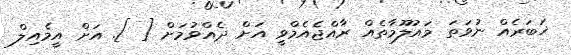
ޚަބަރެއް ނުވަތަ މައުލޫމާތެއް ރާއްޖެއެމްވީ އަށް ދެއްވުމަށް [ ]. އަށް އީމެއިލް